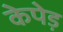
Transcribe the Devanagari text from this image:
केपेड़